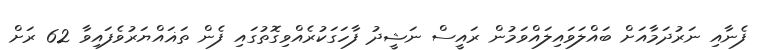
ފެނާއި ނަރުދަމާއަށް ބައްލަވައިލައްވަމުން ރައީސް ނަޝީދު ފާހަގަކުރެއްވިގޮތުގައި ފެން ތަޣައްޔަރުވެފައިވާ 62 ރަށް